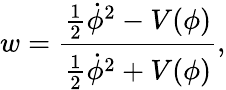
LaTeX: w={\frac{{\frac{1}{2}}{\dot{\phi}}^{2}-V(\phi)}{{\frac{1}{2}}{\dot{\phi}}^{2}+V(\phi)}},